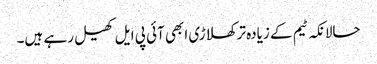
حالانکہ ٹیم کے زیادہ تر کھلاڑی ابھی آئی پی ایل کھیل رہے ہیں۔